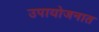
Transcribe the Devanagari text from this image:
उपायोजनात